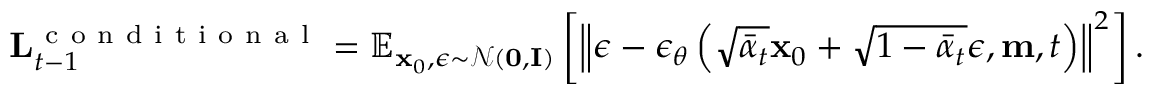
\mathbf { L } _ { t - 1 } ^ { \mathrm { ~ c ~ o ~ n ~ d ~ i ~ t ~ i ~ o ~ n ~ a ~ l ~ } } = \mathbb { E } _ { \mathbf { x } _ { 0 } , \epsilon \sim \mathcal { N } ( \mathbf { 0 } , \mathbf { I } ) } \left[ \left\| \epsilon - \epsilon _ { \theta } \left( \sqrt { \bar { \alpha } _ { t } } \mathbf { x } _ { 0 } + \sqrt { 1 - \bar { \alpha } _ { t } } \epsilon , \mathbf { m } , t \right) \right\| ^ { 2 } \right] .